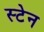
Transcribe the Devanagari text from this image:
स्‍टेन